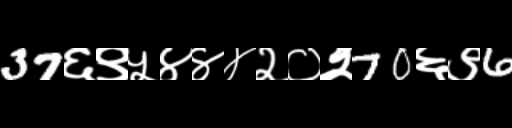
Text: 37६९५४४४२०२70६९6